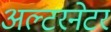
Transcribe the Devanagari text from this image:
अल्‍टरनेटर